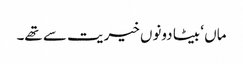
ماں ‘ بیٹا دونوں خیریت سے تھے۔